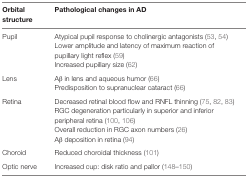
<table><thead><tr><td><b>Orbital structure</b></td><td><b>Pathological changes in AD</b></td></tr></thead><tbody><tr><td rowspan="3">Pupil</td><td>Atypical pupil response to cholinergic antagonists (53, 54)</td></tr><tr><td>Lower amplitude and latency of maximum reaction of pupillary light reflex (59)</td></tr><tr><td>Increased pupillary size (62)</td></tr><tr><td rowspan="2">Lens</td><td>Aβ in lens and aqueous humor (66)</td></tr><tr><td>Predisposition to supranuclear cataract (66)</td></tr><tr><td rowspan="4">Retina</td><td>Decreased retinal blood flow and RNFL thinning (75, 82, 83)</td></tr><tr><td>RGC degeneration particularly in superior and inferior peripheral retina (100, 106)</td></tr><tr><td>Overall reduction in RGC axon numbers (26)</td></tr><tr><td>Aβ deposition in retina (94)</td></tr><tr><td>Choroid</td><td>Reduced choroidal thickness (101)</td></tr><tr><td>Optic nerve</td><td>Increased cup: disk ratio and pallor (148–150)</td></tr></tbody></table>